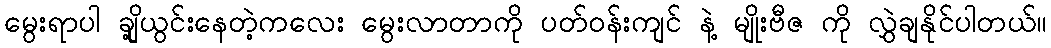
မွေးရာပါ ချို့ယွင်းနေတဲ့ကလေး မွေးလာတာကို ပတ်ဝန်းကျင် နဲ့ မျိုးဗီဇ ကို လွှဲချနိုင်ပါတယ်။